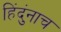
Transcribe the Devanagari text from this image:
हिंदुंनाच